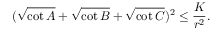
( { \sqrt { \cot A } } + { \sqrt { \cot B } } + { \sqrt { \cot C } } ) ^ { 2 } \leq { \frac { K } { r ^ { 2 } } } .